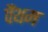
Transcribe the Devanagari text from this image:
पैंथम